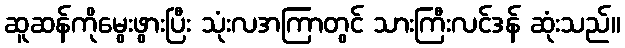
ဆူဆန်ကိုမွေးဖွားပြီး သုံးလအကြာတွင် သားကြီးလင်ဒန် ဆုံးသည်။